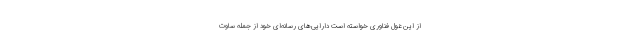
از این غول فناوری خواسته است دارایی‌های رسانه‌ای خود از جمله ساوت